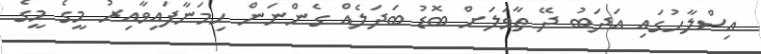
އިސްލާހުގައި އަދަބު ދޭ ތާވަލަށް ބޮޑު ބަދަލެއް ގެންނަން ހިމަނާފައިވާއިރު މީގެ މީގެ